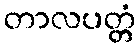
တာလပတ္တံ